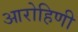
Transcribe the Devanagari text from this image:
आरोहिणी